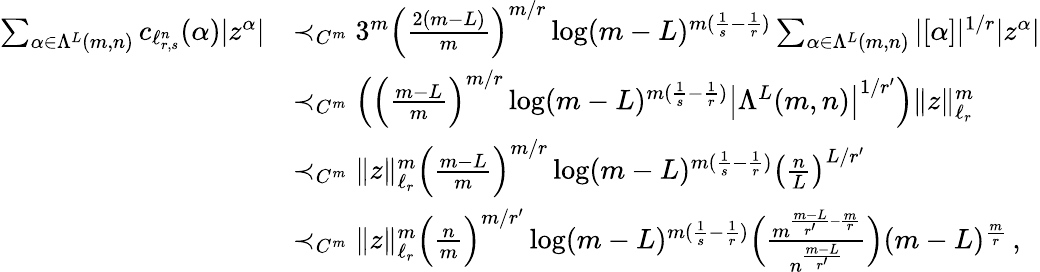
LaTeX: \begin{array}{rl}{\sum_{\alpha\in\Lambda^{L}(m,n)}c_{\ell_{r,s}^{n}}(\alpha)|z^{\alpha}|}&{\prec_{C^{m}}3^{m}\Big(\frac{2(m-L)}{m}\Big)^{m/r}\log(m-L)^{m(\frac 1{s}-\frac 1{r})}\sum_{\alpha\in\Lambda^{L}(m,n)}|[\alpha]|^{1/r}|z^{\alpha}|}\\ &{\prec_{C^{m}}\left(\Big(\frac{m-L}{m}\Big)^{m/r}\log(m-L)^{m(\frac 1{s}-\frac 1{r})}\left|\Lambda^{L}(m,n)\right|^{1/r^{\prime}}\right)\| z\| _{\ell_{r}}^{m}}\\ &{\prec_{C^{m}}\| z\| _{\ell_{r}}^{m}\Big(\frac{m-L}{m}\Big)^{m/r}\log(m-L)^{m(\frac 1{s}-\frac 1{r})}\left(\frac{n}{L}\right)^{L/r^{\prime}}}\\ &{\prec_{C^{m}}\| z\| _{\ell_{r}}^{m}\Big(\frac{n}{m}\Big)^{m/r^{\prime}}\log(m-L)^{m(\frac 1{s}-\frac 1{r})}\Big(\frac{m^{\frac{m-L}{r^{\prime}}-\frac{m}{r}}}{n^{\frac{m-L}{r^{\prime}}}}\Big)(m-L)^{\frac{m}{r}}\, ,}\end{array}